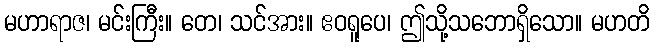
မဟာရာဇ၊ မင်းကြီး။ တေ၊ သင်အား။ ဧဝရူပေ၊ ဤသို့သဘောရှိသော။ မဟတိ